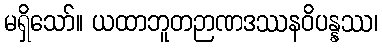
မရှိသော်။ ယထာဘူတဉာဏဒဿနဝိပန္နဿ၊